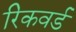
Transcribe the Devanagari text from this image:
रिकवर्ड